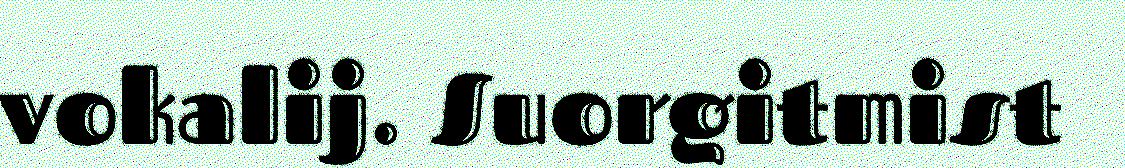
vokalij. Suorgitmist